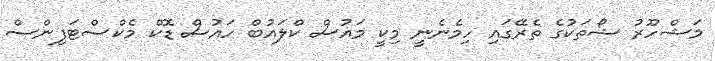
މަޝްހޫރު ޝޯތަކުގެ ތެރޭގައި ހިމެނެނީ މިކީ މައުސް ކްލައުބް ހައުސް ޑޮކް މެކްސްޓަފިންސް